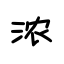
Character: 浓